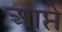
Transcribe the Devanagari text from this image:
आप्ते